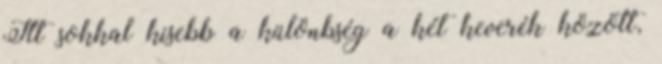
Itt sokkal kisebb a különbség a két keverék között,